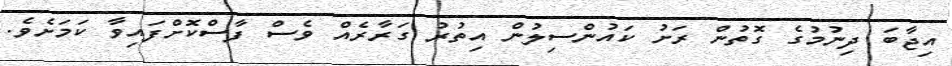
އިޖާބަ ދިނުމުގެ ގޮތުން ރަށު ކައުންސިލުން އިތުރު ގަރާރެއް ވެސް ފާސްކޮށްފައިވާ ކަމަށެވެ.